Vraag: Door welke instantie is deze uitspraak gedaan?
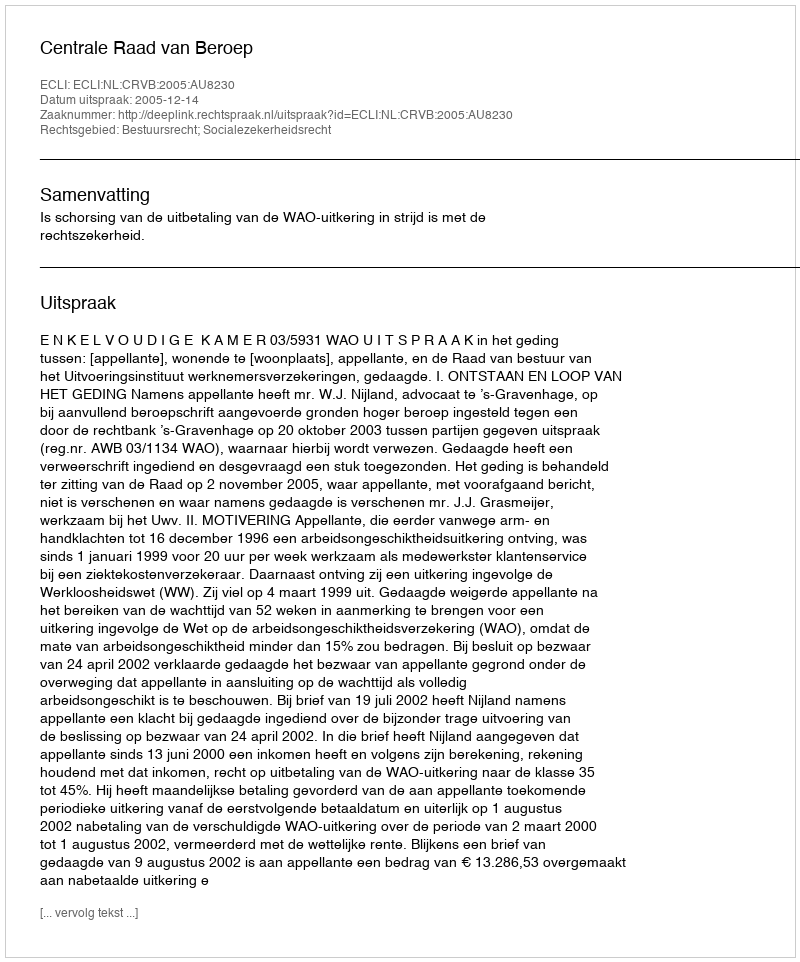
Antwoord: Centrale Raad van Beroep